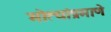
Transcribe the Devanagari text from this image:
मोत्यांप्रमाणे